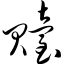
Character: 贻